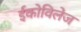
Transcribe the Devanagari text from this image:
ईकोविलेज